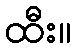
ထီး။